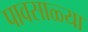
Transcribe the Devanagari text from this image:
पावसाळ्या